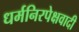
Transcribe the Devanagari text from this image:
धर्मनिरपेक्षवादी